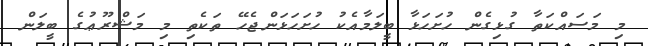
މި މަސައްކަތާ ގުޅިގެން ހުށަހަޅާ ބީލަމާއެކު ހުށަހަޅަންޖެހޭ ތަކެތި މި މަޝްރޫޢުގެ ބީލަން